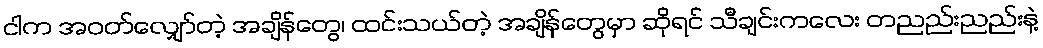
ငါက အဝတ်လျှော်တဲ့ အချိန်တွေ၊ ထင်းသယ်တဲ့ အချိန်တွေမှာ ဆိုရင် သီချင်းကလေး တညည်းညည်းနဲ့